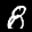
Label: 8